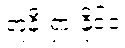
တူနီးရှားနိုင်ငံ